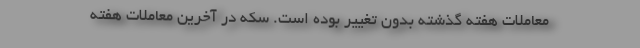
معاملات هفته گذشته بدون تغییر بوده است. سکه در آخرین معاملات هفته